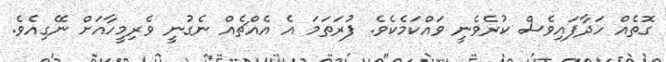
ގޮތެއް ހަދާފައިވެސް ކުރެވެނީ ވައްކަމެކެެވެ. ފުރަތަމަ އެ އެއްޗެއް ނެގުނީ ވެރިމީހާއަށް ނޭގިއެވެ.